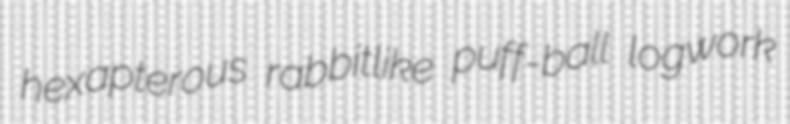
hexapterous rabbitlike puff-ball logwork